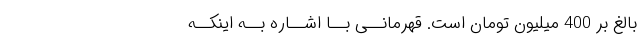
بالغ بر 400 میلیون تومان است. قهرمانــى بــا اشــاره بــه اینکــه